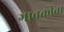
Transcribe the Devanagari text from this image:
गावकीचा